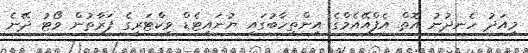
މިއަދު ހެނދުނު އޮތް އެފްއޭއެމްގެ އިންތިހާބުގައި ޔުނައިޓެޑް ވިކްޓަރީގެ ފަރާތުން ވޯޓު ދޭނެ